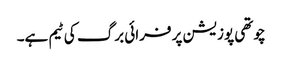
چوتھی پوزیشن پر فرائی برگ کی ٹیم ہے۔